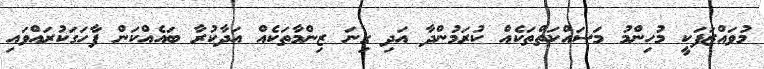
މުވައްޒަފަކީ މުހިންމު މަސައްކަތްތަކެއް ކުރަމުންދާ އަދި ގިނަ ޒިންމާތަކެއް އަދާކުރާ ބައެއްކަން ފާހަގަކުރައްވައި